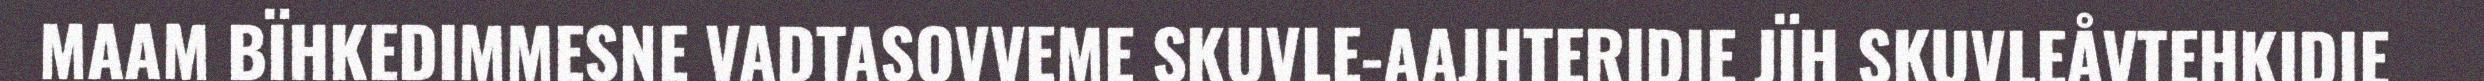
MAAM BÏHKEDIMMESNE VADTASOVVEME SKUVLE-AAJHTERIDIE JÏH SKUVLEÅVTEHKIDIE